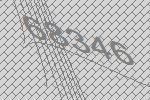
68346